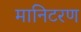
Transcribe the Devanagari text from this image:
मानिटरण